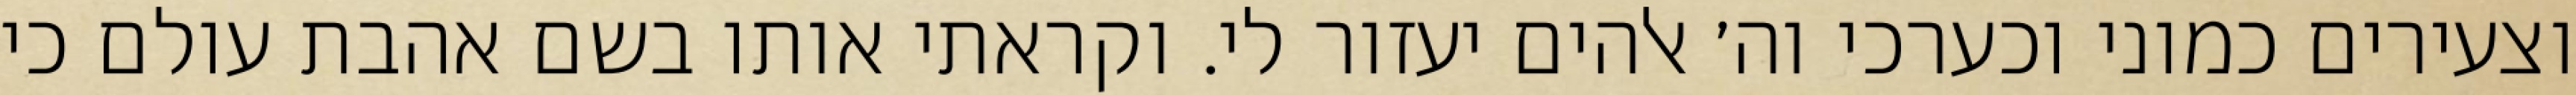
וצעירים כמוני וכערכי וה׳ אלהים יעזור לי. וקראתי אותו בשם אהבת עולם כי